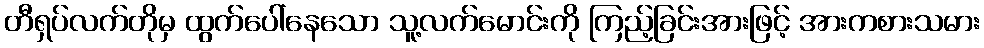
တီရှပ်လက်တိုမှ ထွက်ပေါ်နေသော သူ့လက်မောင်းကို ကြည့်ခြင်းအားဖြင့် အားကစားသမား